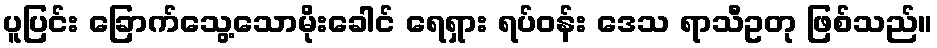
ပူပြင်း ခြောက်သွေ့သောမိုးခေါင် ရေရှား ရပ်ဝန်း ဒေသ ရာသီဥတု ဖြစ်သည်။